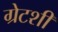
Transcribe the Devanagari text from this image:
ग्रेटशी